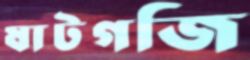
ষাটগজি